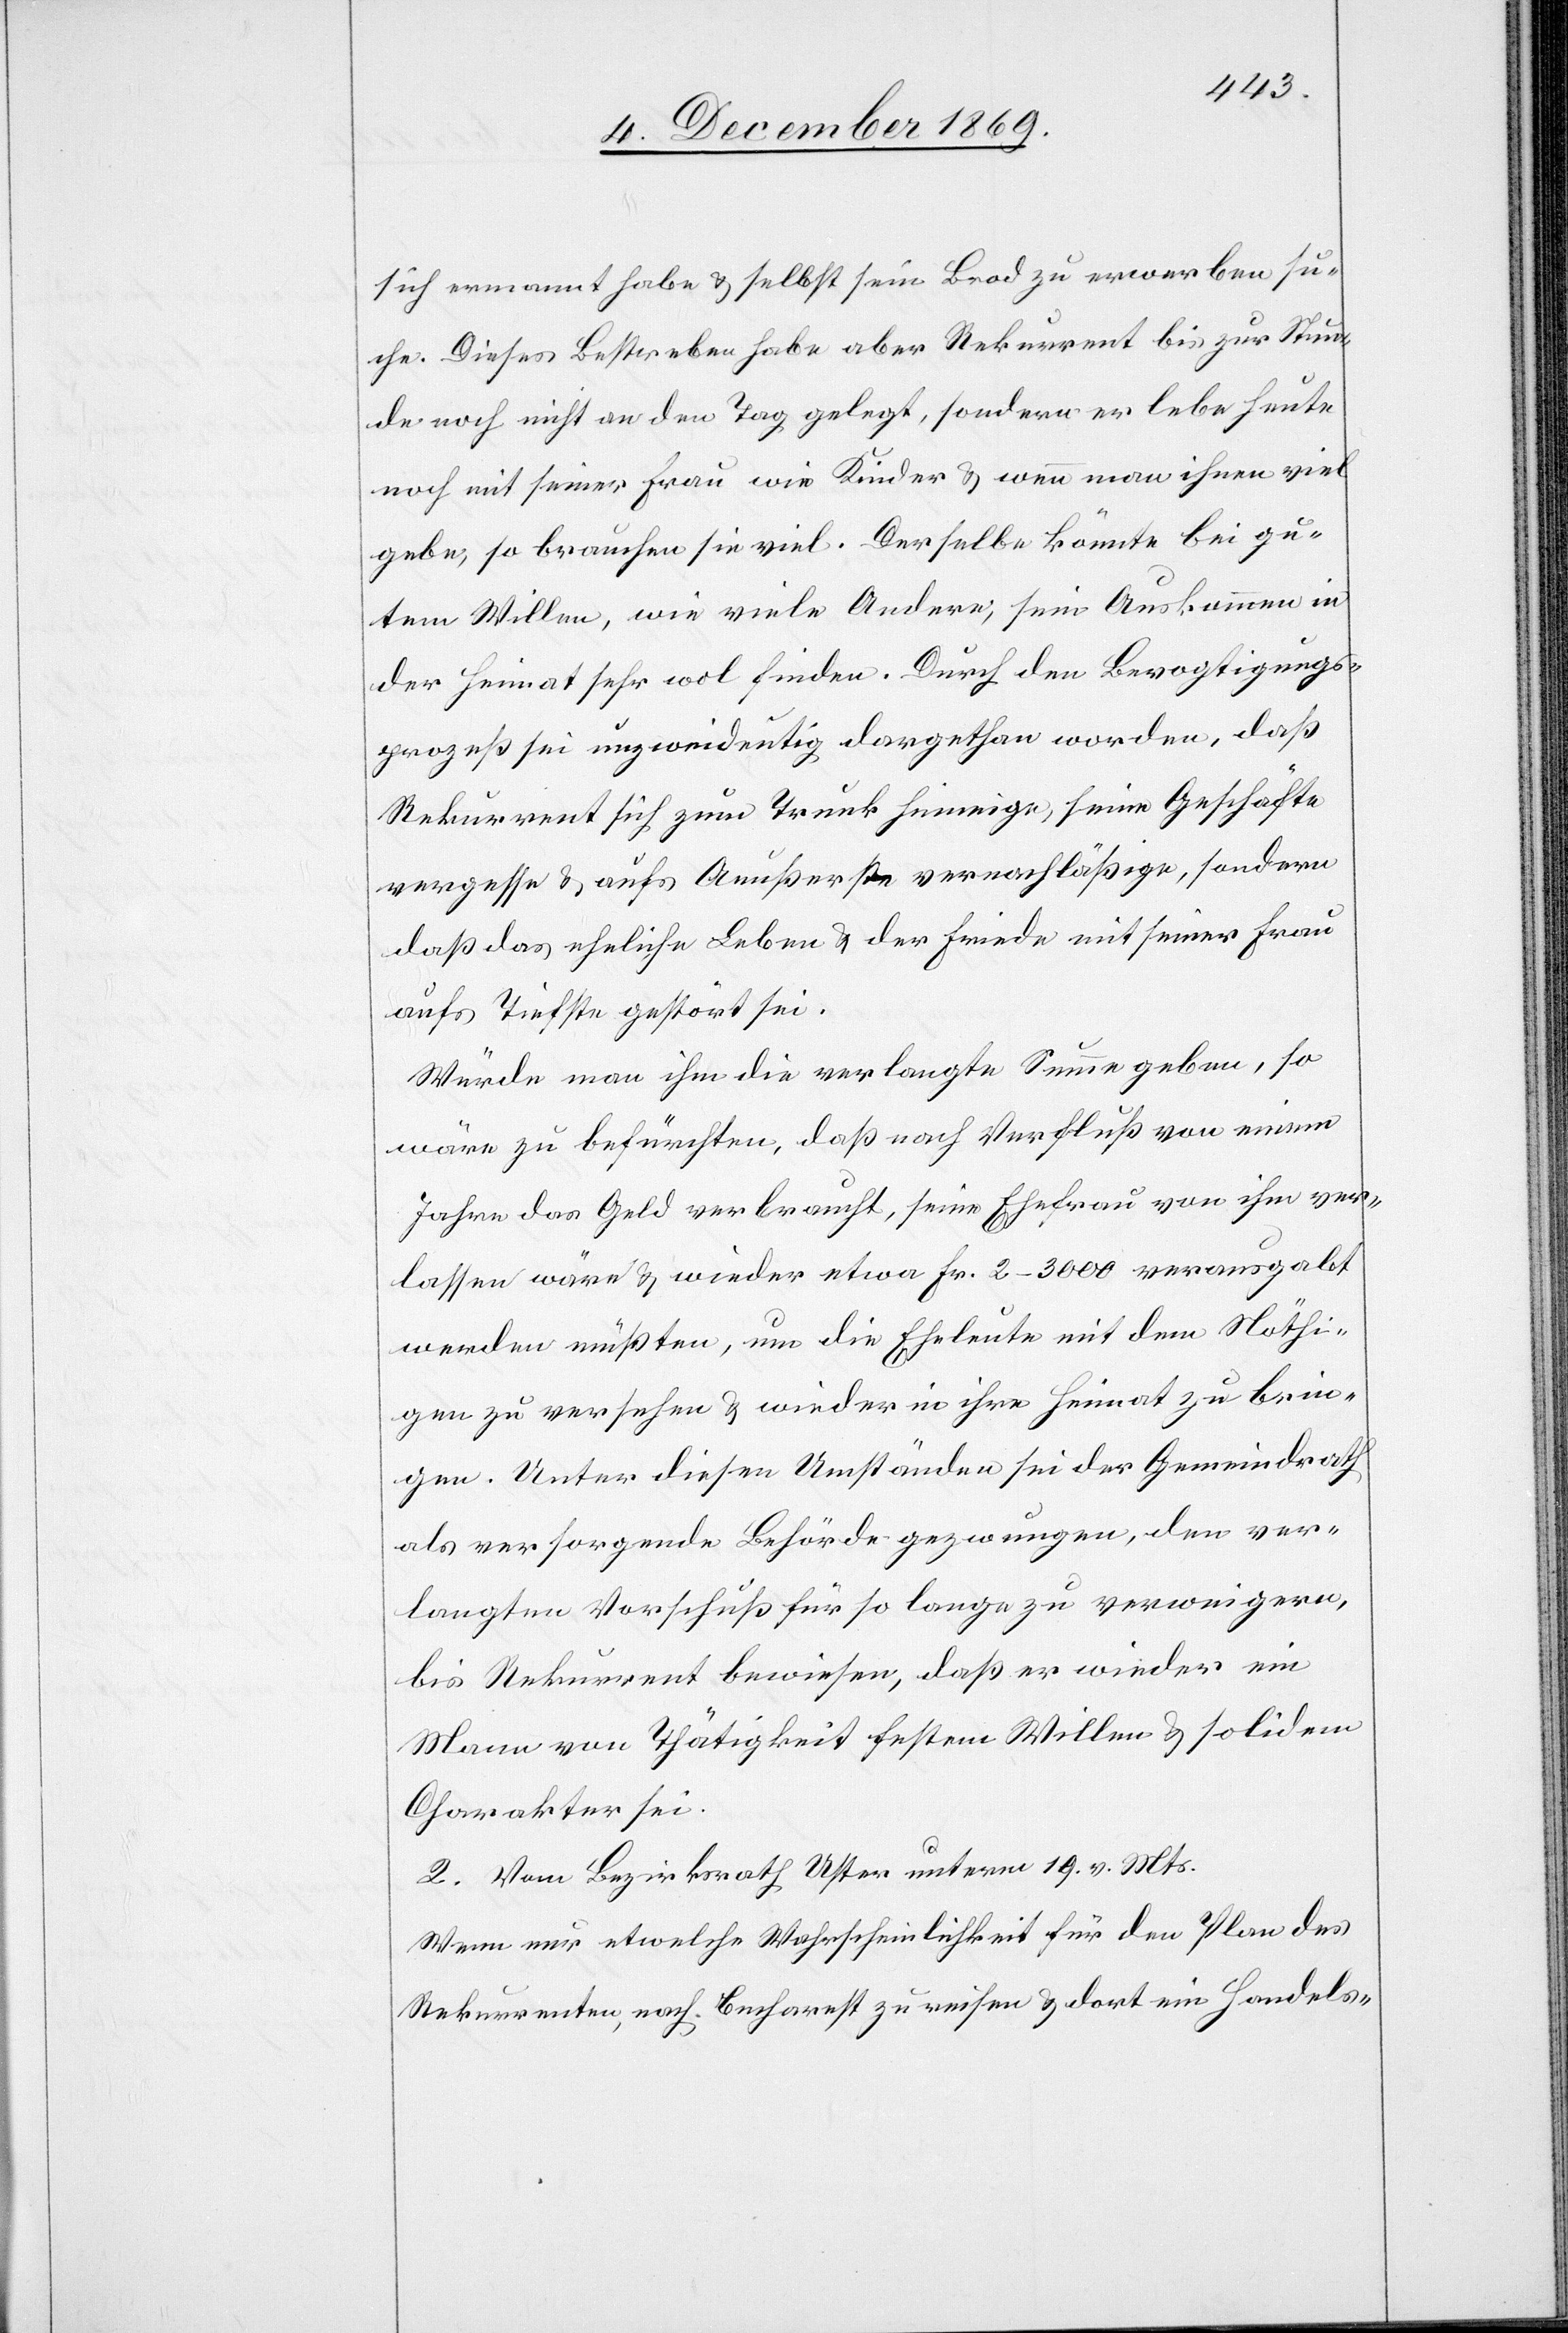
sich ermannt habe & selbst sein Brod zu erwerben su¬
che. Dieses Bestreben habe aber Rekurrent bis zur Stun¬
de noch nicht an den Tag gelegt, sondern er lebe heute
noch mit seiner Frau wie Kinder & wenn man ihnen viel
gebe, so brauchen sie viel. Derselbe könnte bei gu¬
tem Willen, wie viele Andere, sein Auskommen in
der Heimat sehr wol finden. Durch den Bevogtigungs¬
prozeß sei unzweideutig dargethan worden, daß
Rekurrent sich zum Trunk hinneige, seine Geschäfte
vergesse & aufs Aeußerste vernachläßige, sondern
daß das eheliche Leben & der Friede mit seiner Frau
aufs Tiefste gestört sei.
Würde man ihm die verlangte Summe geben, so
wäre zu befürchten, daß nach Verfluß von einem
Jahre das Geld verbraucht, seine Ehefrau von ihm ver¬
lassen wäre & wieder etwa Fr. 2–3000 verausgabt
werden müßten, um die Eheleute mit dem Nöthi¬
gen zu versehen & wieder in ihre Heimat zu brin¬
gen. Unter diesen Umständen sei der Gemeindrath
als versorgende Behörde gezwungen, den ver¬
langten Vorschuß für so lange zu verweigern,
bis Rekurrent bewiesen, daß er wieder ein
Mann von Thätigkeit festem Willen & solidem
Charakter sei.
2. Vom Bezirksrath Uster unterm 19. v. Mts.
Wenn nur etwelche Wahrscheinlichkeit für den Plan des
Rekurrenten, nach Bucharest zu reisen & dort ein Handels-